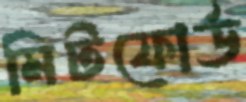
মিটফোর্ড